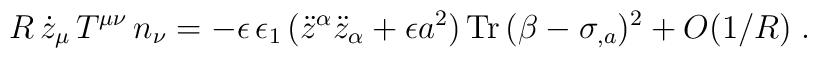
R\, \dot{z}_{\mu} \, T^{\mu \nu} \, n_{\nu} =- \epsilon\, \epsilon_{1}\, (\ddot{z}^{\alpha} \ddot{z}_{\alpha} + \epsilon a^2) \,\mbox{Tr} \, (\beta - \sigma_{,a})^2 + O(1/R) \; .